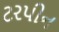
ટરપીન